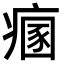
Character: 𤹁